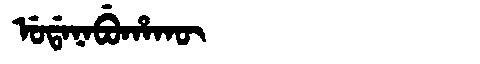
Manchu: ᡠᡩᠠᠨᠠᠪᡠᡥᠠᡴᡡ
Romanization: UDANABUHAKŪ